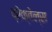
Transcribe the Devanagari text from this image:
प्रेक्वेल्स